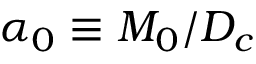
\alpha _ { 0 } \equiv M _ { 0 } / D _ { c }